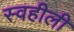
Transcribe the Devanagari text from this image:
स्वहीली